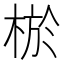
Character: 棜